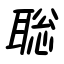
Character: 聡